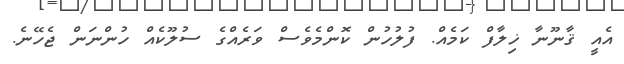
އެއީ ޤާނޫނާ ޚިލާފް ކަމެއް. ފުލުހުން ކޮންމެވެސް ވަރެއްގެ ސުލޫކެއް ހުންނަން ޖެހޭނެ.